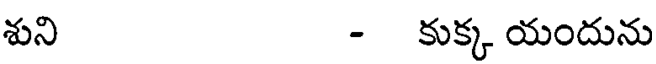
శుని - కుక్క యందును